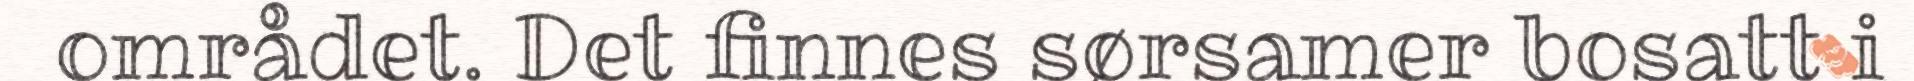
området. Det finnes sørsamer bosatt i